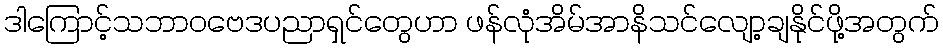
ဒါကြောင့်သဘာဝဗေဒပညာရှင်တွေဟာ ဖန်လုံအိမ်အာနိသင်လျော့ချနိုင်ဖို့အတွက်